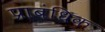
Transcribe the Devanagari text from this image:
प्राबंधिक